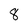
Character: 8